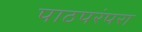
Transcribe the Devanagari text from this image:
पाठपरंपरा